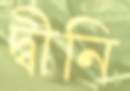
দ্বীনি